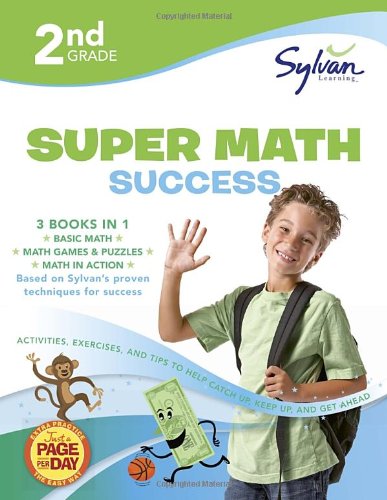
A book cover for Second Grade Super Math Success (Sylvan Super Workbooks) (Math Super Workbooks); Sylvan Learning; Science & Math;